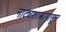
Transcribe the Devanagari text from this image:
नाट्यशास्त्रापासून